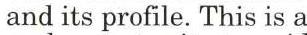
and its profile. This is a